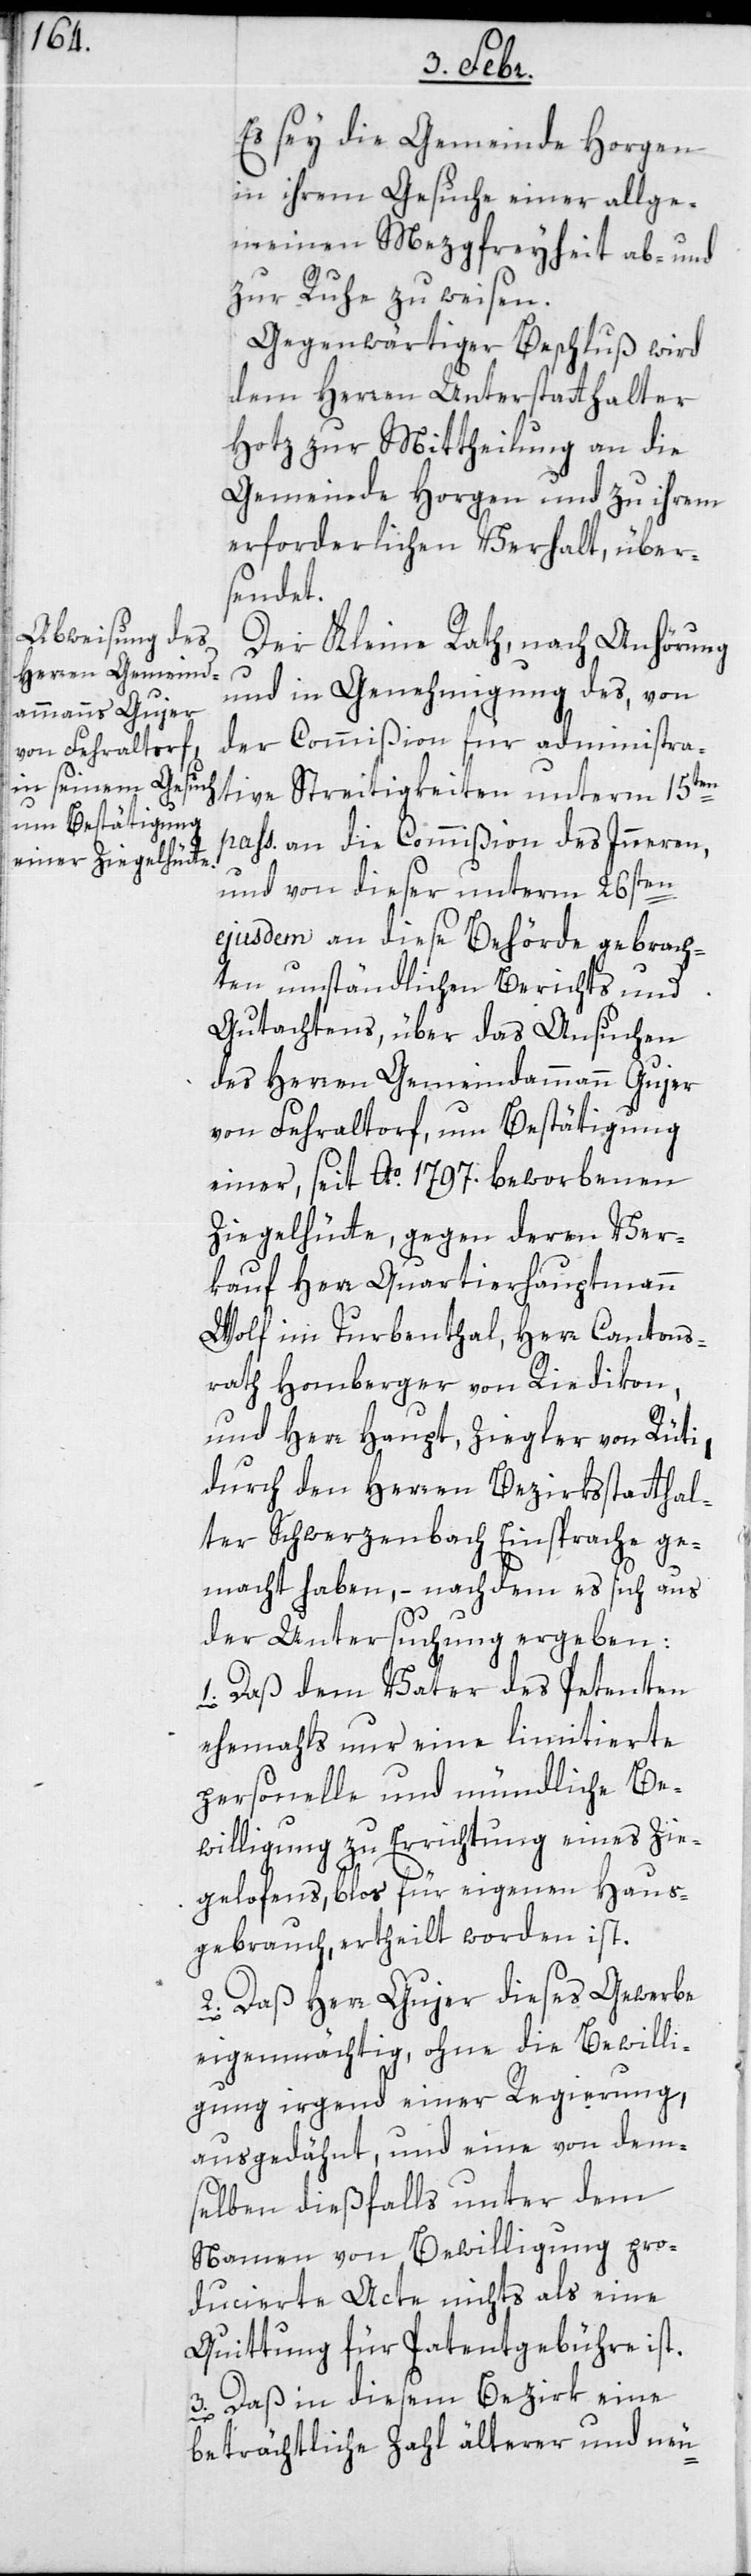
Es sey die Gemeinde Horgen
in ihrem Gesuche einer allge¬
meinen Mezgfreyheit ab- und
zur Ruhe zu weisen.
Gegenwärtiger Beschluß wird
dem Herren Unterstatthalter
Hotz zur Mittheilung an die
Gemeinde Horgen und zu ihrem
erforderlichen Verhalt, über¬
sendet.
Der Kleine Rath, nach Anhörung
und in Genehmigung des, von
der Commißion für administra¬
tive Streitigkeiten unterm 15ten
pass: an die Commißion des Innern,
und von dieser unterm 26sten
ejusdem an diese Behörde gebrach¬
ten umständlichen Berichts und
Gutachtens, über das Ansuchen
des Herren Gemeindammann Gujer
von Fehraltorf, um Bestätigung
einer, seit Ao. 1797. beworbenen
Ziegelhütte, gegen deren Ver¬
kauf Herr Quartierhauptmann
Wolf im Turbenthal, Herr Cantons-R¬
ath Homberger von Riedikon,
und Herr Haupt, Ziegler von Rüti,
durch den Herren Bezirksstatthal¬
ter Schwerzenbach Einsprache ge¬
macht haben, – nachdem es sich aus
der Untersuchung ergeben:
1. daß dem Vater des Petenten
ehemahls nur eine limitierte
personelle und mündliche Be¬
willigung zu Errichtung eines Zie¬
gelofens, blos für eigenen Haus¬
gebrauch, ertheilt worden ist.
2. daß Herr Gujer dieses Gewerbe
eigenmächtig, ohne die Bewilli¬
gung irgend einer Regierung,
ausgedähnt und eine von dem¬
selben dießfalls unter dem
Namen von Bewilligung pro¬
ducierte Acte nichts als eine
Quittung für Patentgebühre ist.
3. daß in diesem Bezirk eine
beträchtliche Zahl älterer und neu-